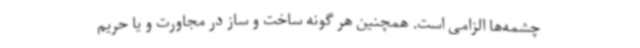
چشمه‌ها الزامی است. همچنین هر گونه ساخت و ساز در مجاورت و یا حریم